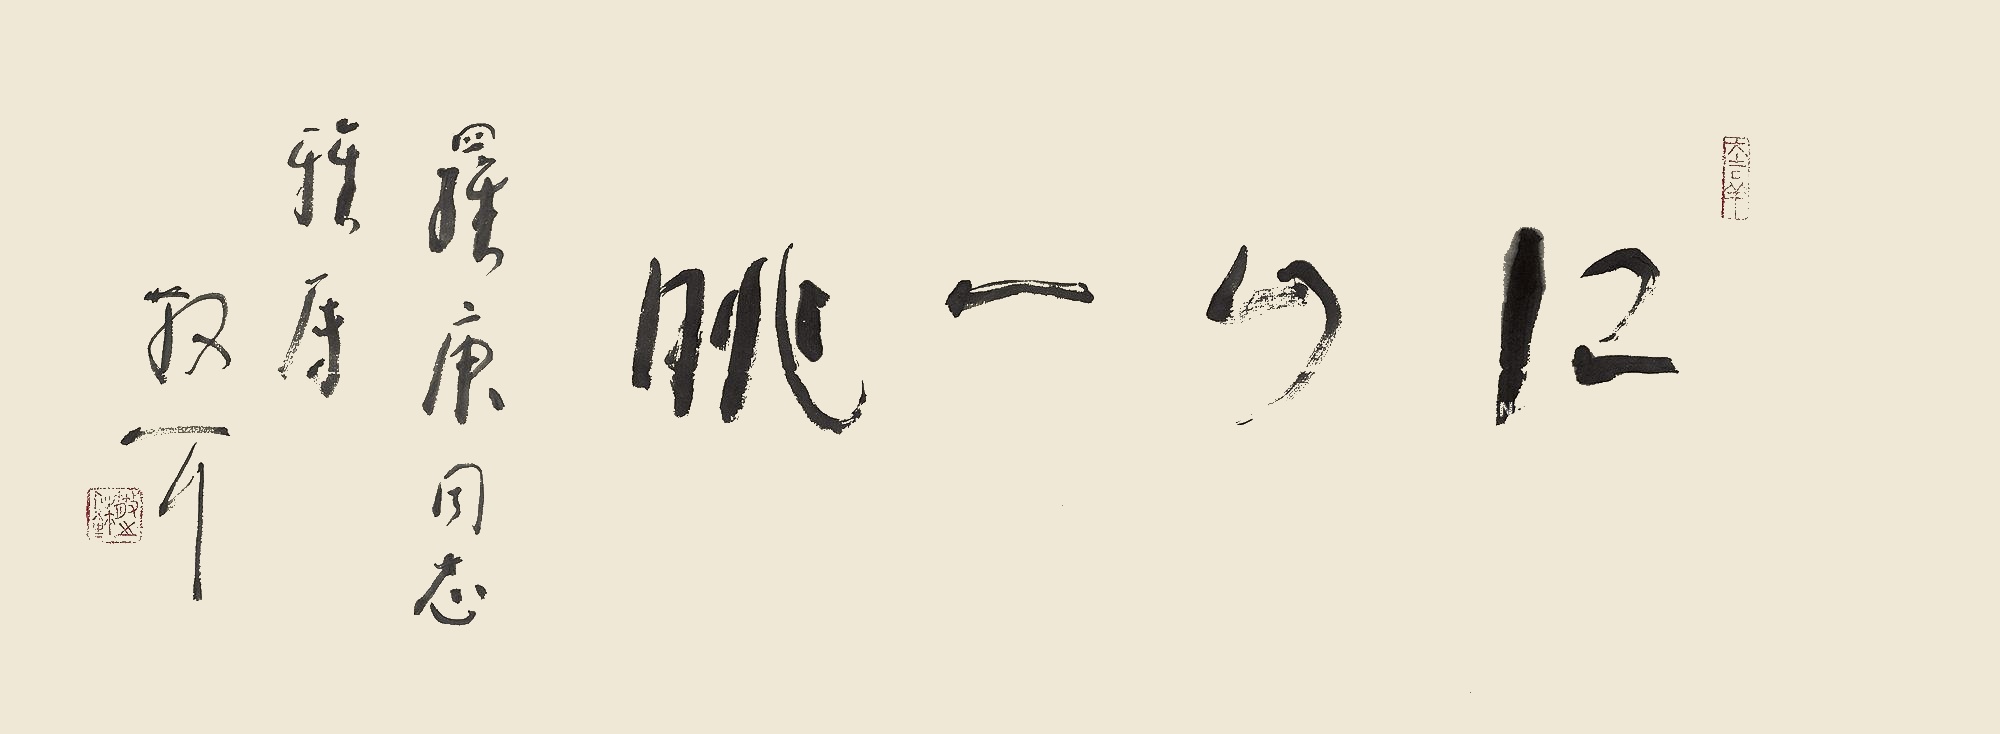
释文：江山一眺。罗庚同志雅属，散耳。